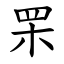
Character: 䍒